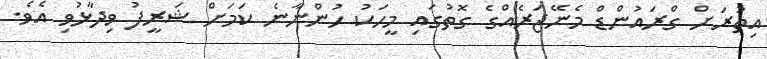
އިތުރަށް ގްރައުންޑް މެނޭޖަރެއްގެ ގޮތުގައި މީހަކު ހުންނާނެ ކަމަށް ޝަރީފު ވިދާޅުވި އެވެ.